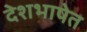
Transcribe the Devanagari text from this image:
देशभाषेत